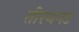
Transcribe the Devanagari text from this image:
तीरथगड